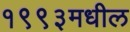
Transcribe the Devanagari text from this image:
१९९३मधील